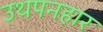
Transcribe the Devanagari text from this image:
उथपनहार